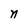
Character: n